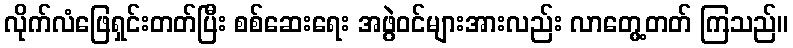
လိုက်လံဖြေရှင်းတတ်ပြီး စစ်ဆေးရေး အဖွဲဝင်များအားလည်း လာတွေ့တတ် ကြသည်။